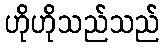
ဟိုဟိုသည်သည်